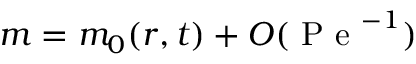
m = m _ { 0 } ( r , t ) + O ( \mathrm { ~ P ~ e ~ } ^ { - 1 } )